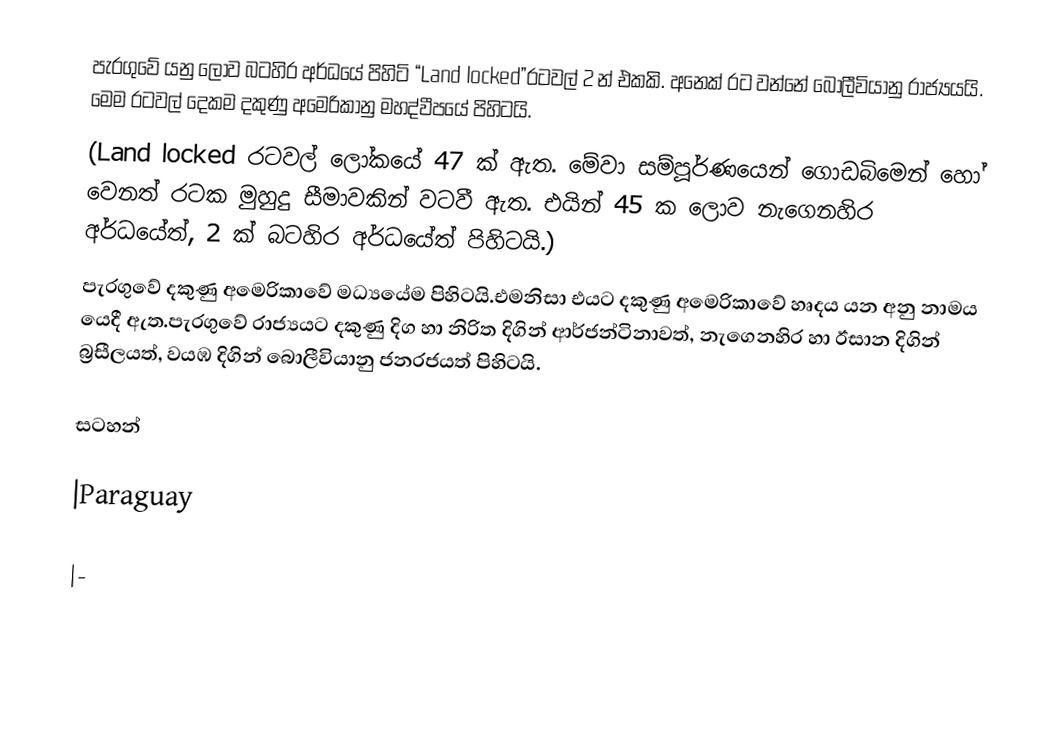
පැරගුවේ යනු ලොව බටහිර අර්ධයේ පිහිටි “Land locked”රටවල් 2 න් එකකි.  අනෙක් රට වන්නේ බොලීවියානු රාජ්‍යයයි.  මෙම රටවල් දෙකම දකුණු අමෙරිකානු මහද්වීපයේ පිහිටයි.
	(Land locked රටවල් ලෝකයේ 47 ක් ඇත.  මේවා සම්පූර්ණයෙන් ගොඩබිමෙන් හෝ වෙනත් රටක මුහුදු සීමාවකින් වටවී ඇත.  එයින් 45 ක ලොව නැගෙනහිර අර්ධයේත්, 2 ක් බටහිර අර්ධයේත් පිහිටයි.)
	පැරගුවේ දකුණු අමෙරිකාවේ මධ්‍යයේම පිහිටයි.එමනිසා එයට දකුණු අමෙරිකාවේ හෘදය යන අනු නාමය යෙදී ඇත.පැරගුවේ රාජ්‍යයට දකුණු දිග හා නිරිත දිගින් ආර්ජන්ටිනාවත්, නැගෙනහිර හා ඊසාන දිගින් බ්‍රසීලයත්, වයඹ දිගින් බොලීවියානු ජනරජයත් පිහිටයි.

සටහන්

|Paraguay

|-